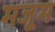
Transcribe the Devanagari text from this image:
मजूम